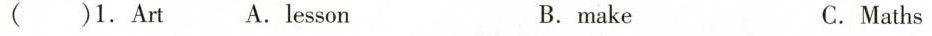
( )1.Art A.lesson B.make C.Maths